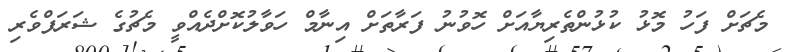
މެޗަށް ފަހު މޮޅު ކުޅުންތެރިޔާއަށް ހޮވުނު ފަރާތަށް އިނާމް ހަވާލުކޮށްދެއްވީ މެޗުގެ ޝަރަފްވެރި